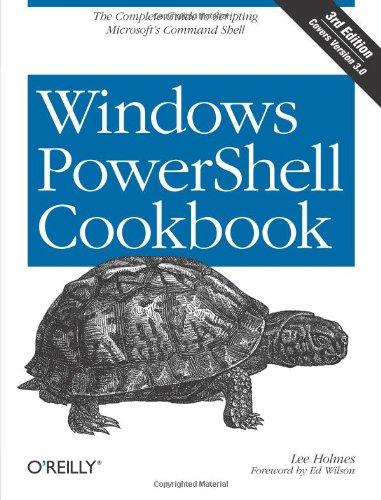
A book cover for Windows PowerShell Cookbook: The Complete Guide to Scripting Microsoft's Command Shell; Lee Holmes; Computers & Technology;